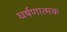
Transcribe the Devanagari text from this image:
घर्षणात्मक